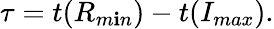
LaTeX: \tau=t(R_{m\mathbf{i}n})-t(I_{max}).